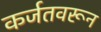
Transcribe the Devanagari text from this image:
कर्जतवरून